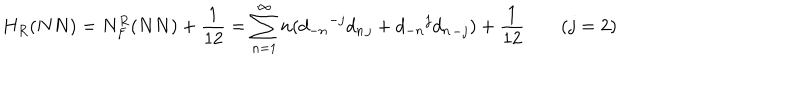
LaTeX: H _ { R } ( N N ) = N _ { F } ^ { R } ( N N ) + \frac { 1 } { 1 2 } = \sum _ { n = 1 } ^ { \infty } n ( { d _ { - n } } ^ { - j } { d _ { n } } _ { j } + { d _ { - n } } ^ { j } { d _ { n } } _ { - j } ) + \frac { 1 } { 1 2 } \; ( j = 2 )